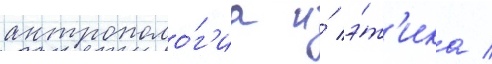
антрополо́г'иа и́ э́т'ика /